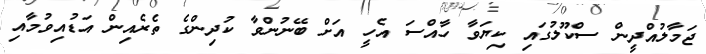
ޖަމާލުއްދީން ސްކޫލުގައި ކިޔަވާ ހާއްސަ އެހީ އަށް ބޭނުންވާ ކުދިންގެ ތެރެއިން އަޑުއިވުމާއި